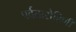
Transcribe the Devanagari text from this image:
पर्वतारोहिणी